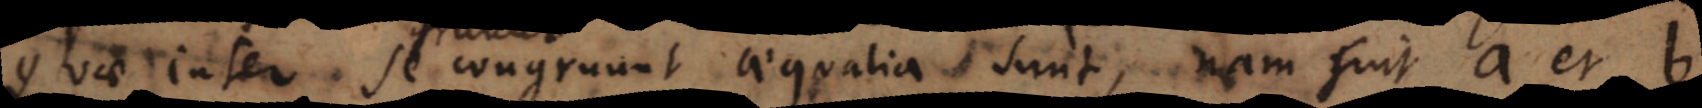
Quae inter se congruunt aequalia sunt, nam sint a et b